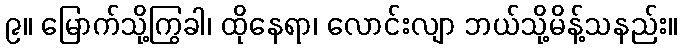
၉။ မြောက်သို့ကြွခါ၊ ထိုနေရာ၊ လောင်းလျာ ဘယ်သို့မိန့်သနည်း။